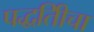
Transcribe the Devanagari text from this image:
पद्धतिीचा